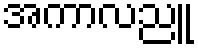
အကာလညူ